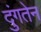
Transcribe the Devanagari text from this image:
दुंगतेन